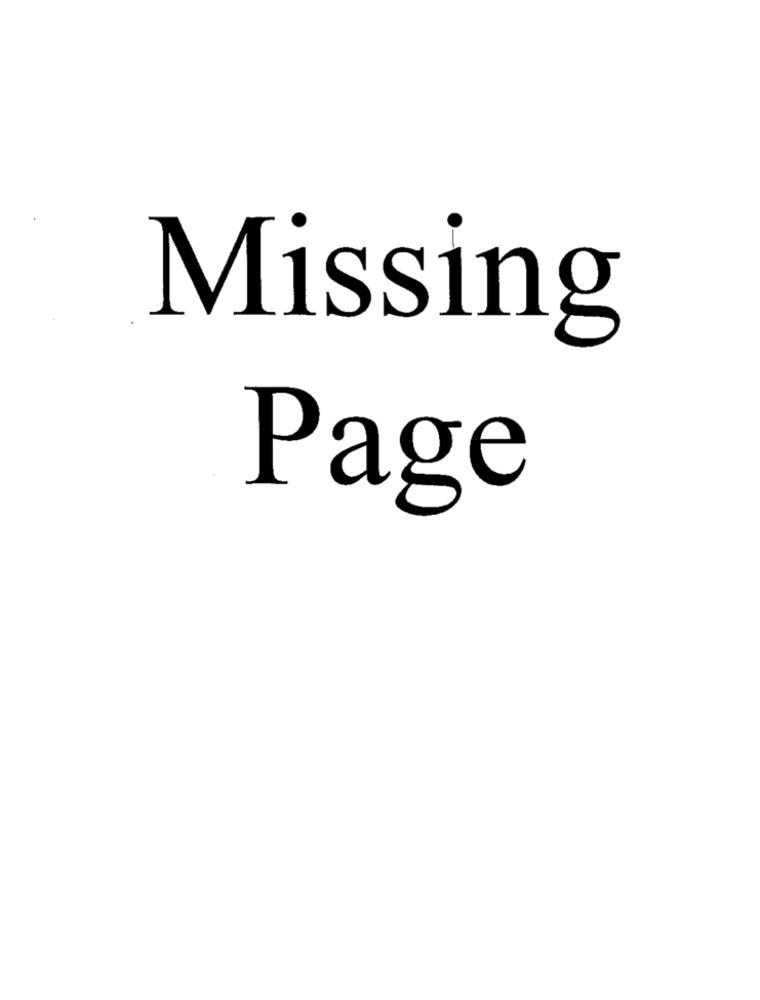
Missing
Page